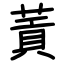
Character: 䔈